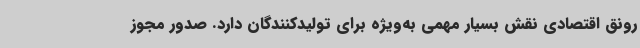
رونق اقتصادی نقش بسیار مهمی به‌ویژه برای تولیدکنندگان دارد. صدور مجوز